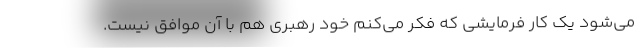
می‌شود یک کار فرمایشی که فکر می‌کنم خود رهبری هم با آن موافق نیست.